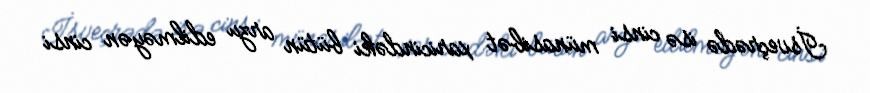
İsveçrədə isə cinsi münasibət xaricindəki bütün arzu edilməyən cinsi